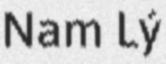
Nam Lý